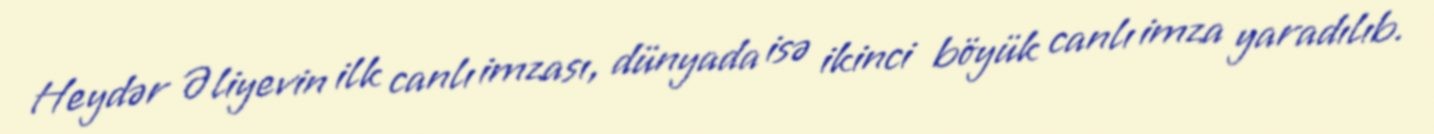
Heydər Əliyevin ilk canlı imzası, dünyada isə ikinci böyük canlı imza yaradılıb.